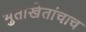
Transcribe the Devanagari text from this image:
भुताखेतांचाच